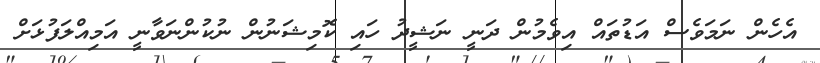
އެހެން ނަމަވެސް އަޑުތައް އިވެމުން ދަނީ ނަޝީދު ހައި ކޮމިޝަނުން ނުކުންނަވާނީ އަމިއްލަފުޅަށް